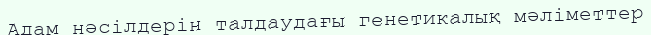
Адам нәсілдерін талдаудағы генетикалық мәліметтер